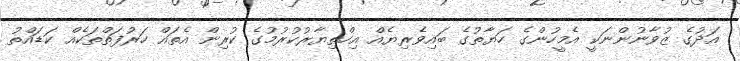
އަދުގެ ޒުވާނުންނަކީ އެމީހުންގެ ހަޔާތުގެ ބައިވެރިޔެއް އިހްތިޔާރުކުރުމުގެ ކުރިން އެތައް ހަރުފަތްތަކެއް ކަޑައްތު